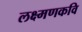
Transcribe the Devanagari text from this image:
लक्ष्मणकवि